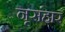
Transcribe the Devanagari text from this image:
नृसंहार